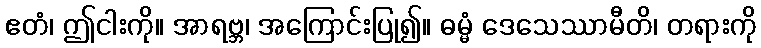
ဧတံ၊ ဤငါးကို။ အာရဗ္ဘ၊ အကြောင်းပြု၍။ ဓမ္မံ ဒေသေဿာမီတိ၊ တရားကို